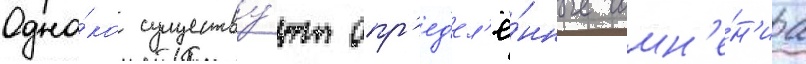
Одна́ко существу́ют опр'ед'ел'ё́нные сомн'е́н'иа